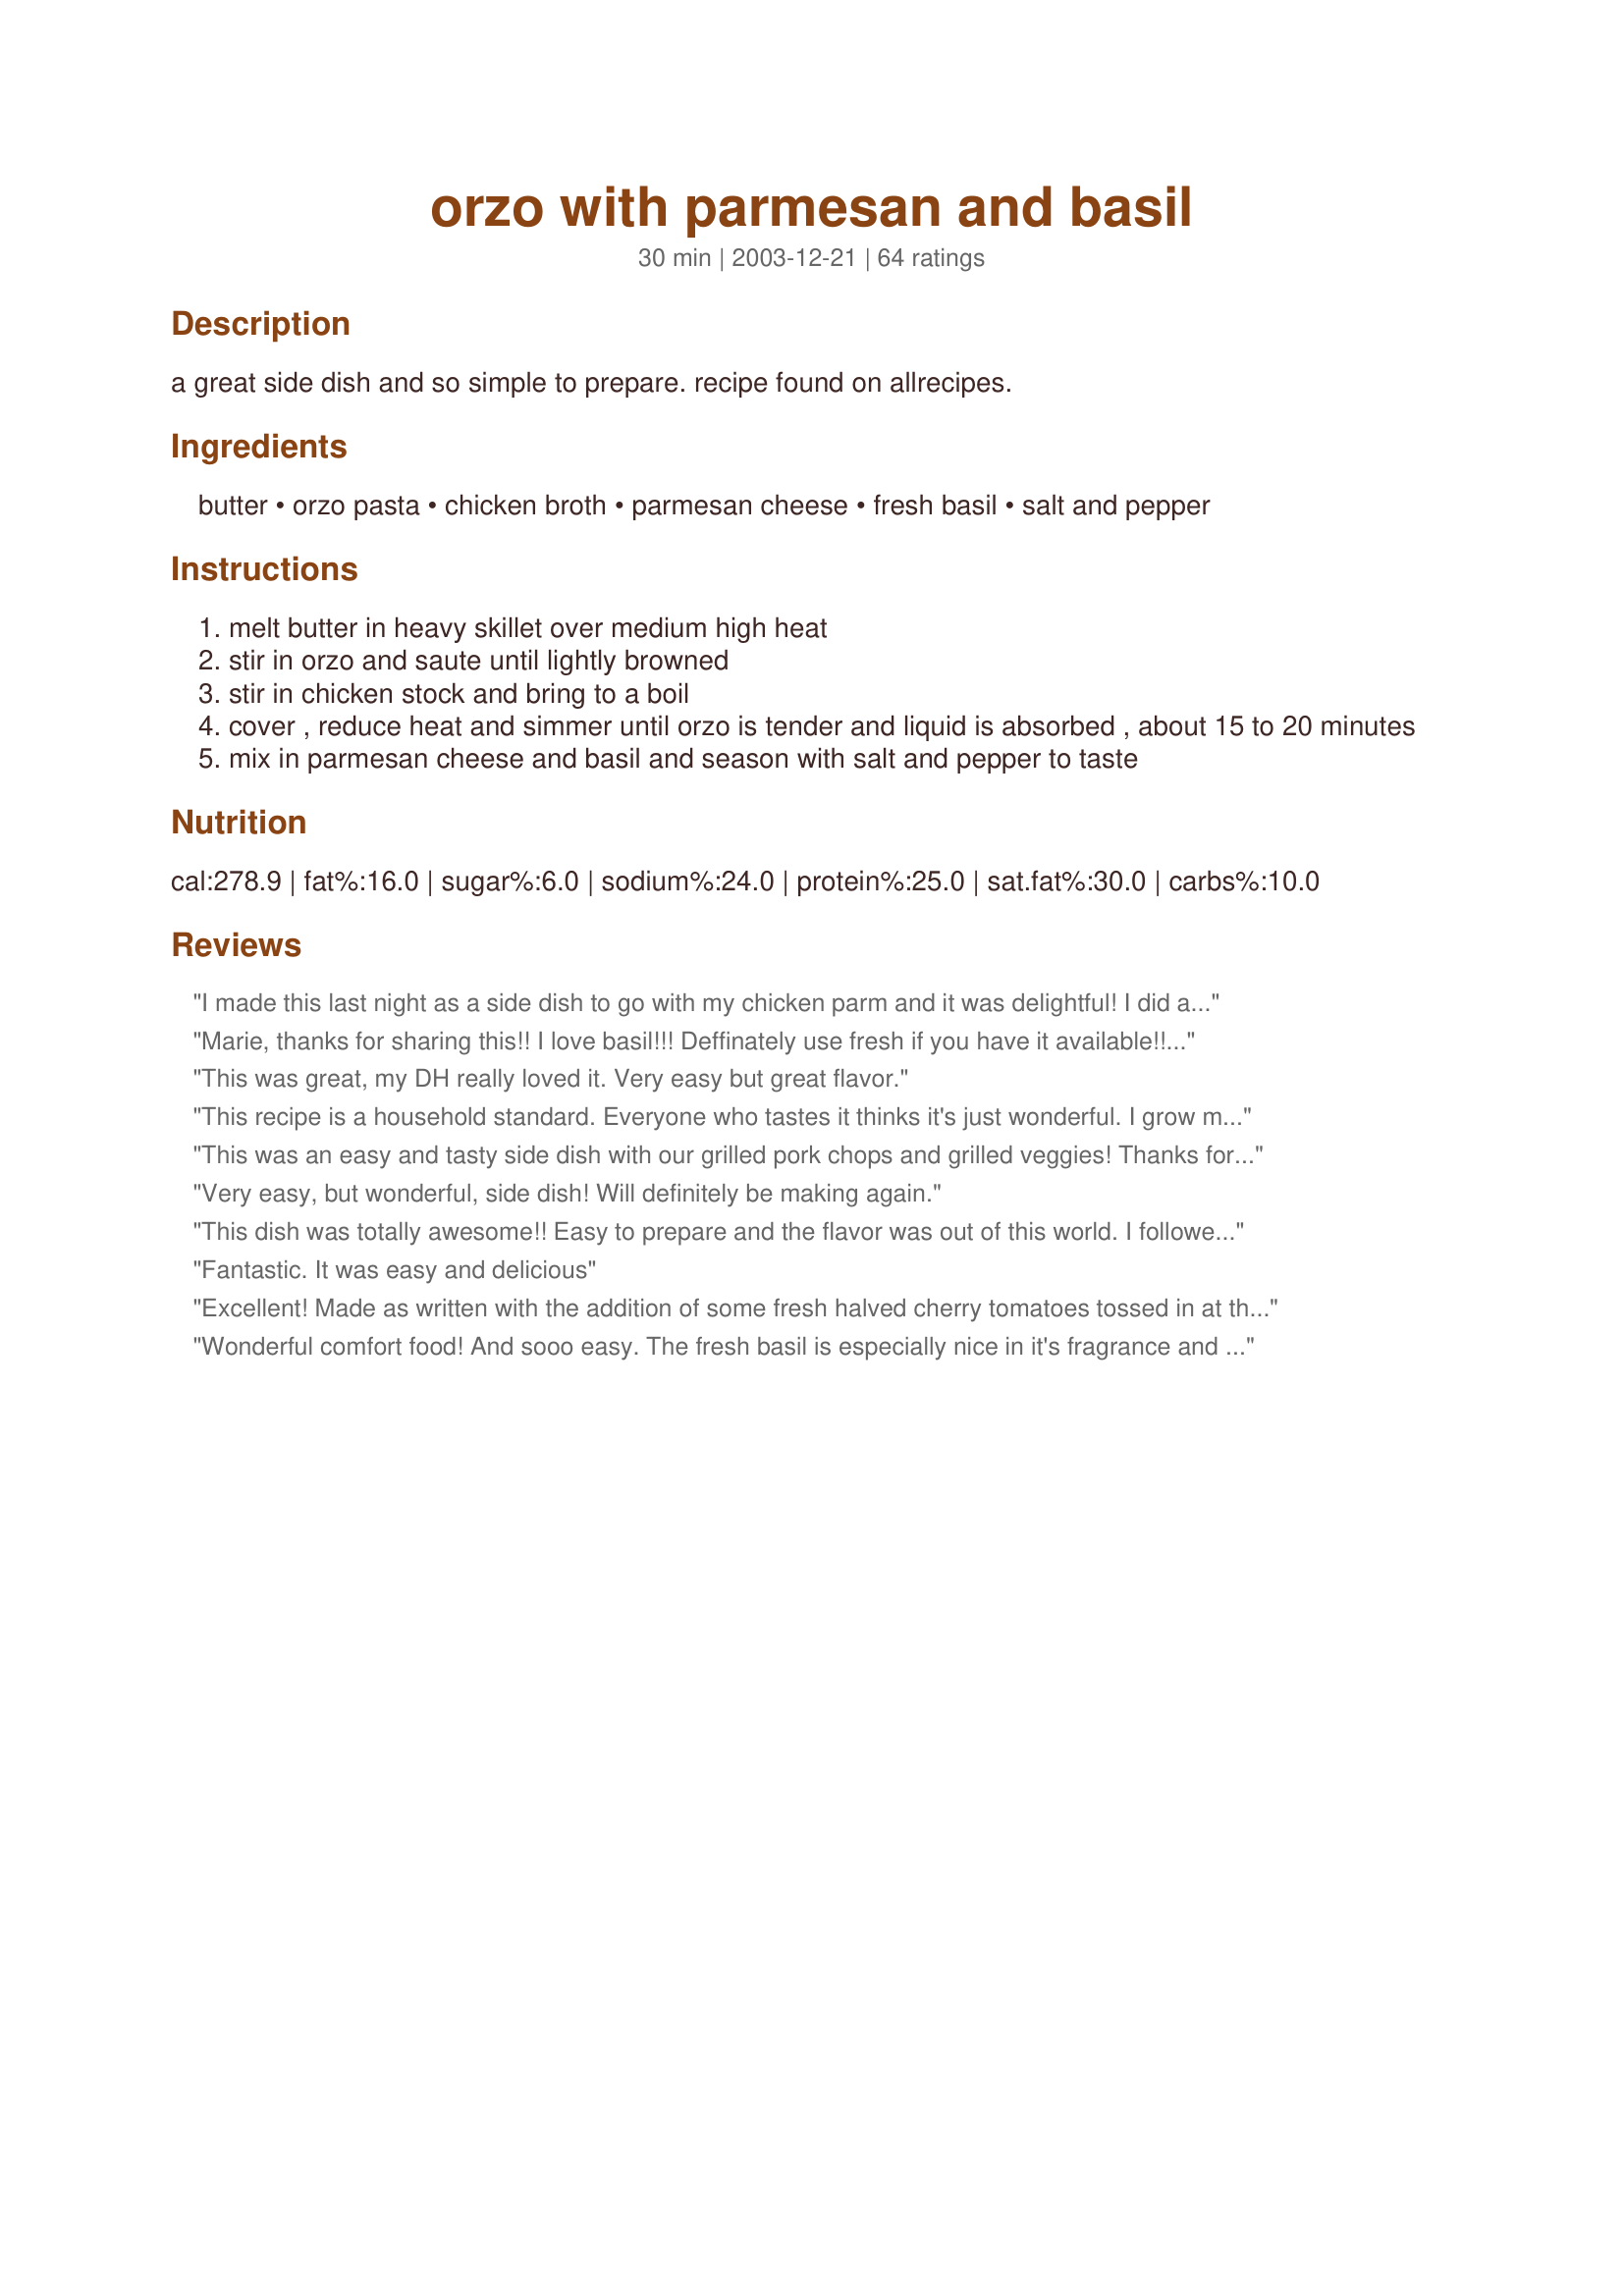
orzo with parmesan and basil
Preparation time: 30 minutes

a great side dish and so simple to prepare. recipe found on allrecipes.

Ingredients:
butter, orzo pasta, chicken broth, parmesan cheese, fresh basil, salt and pepper

Steps:
melt butter in heavy skillet over medium high heat
stir in orzo and saute until lightly browned
stir in chicken stock and bring to a boil
cover , reduce heat and simmer until orzo is tender and liquid is absorbed , about 15 to 20 minutes
mix in parmesan cheese and basil and season with salt and pepper to taste

Reviews:
I made this last night as a side dish to go with my chicken parm and it was delightful! I did add 1 clove of garlic and 3 Tbls of onion to the butter and sauted them for about 5 minutes before adding the orzo. I think that added tons of flavor! 
Thank you for sharing this recipe!
Marie, thanks for sharing this!! I love basil!!! Deffinately use fresh if you have it available!!! If you come across this recipe, save or print it out AND DON"T hesitate!!
This was great, my DH really loved it. Very easy but great flavor.
This recipe is a household standard. Everyone who tastes it thinks it's just wonderful. I grow my own basil JUST so I can make this often.
This was an easy and tasty side dish with our grilled pork chops and grilled veggies! Thanks for posting!
Very easy, but wonderful, side dish! Will definitely be making again.
This dish was totally awesome!! Easy to prepare and the flavor was out of this world. I followed to the &quot;T&quot; and doubled the recipe. Served with Southern Fried Salmon Patties #137575. Everyone loved it! Thank you for sharing this. Will definitely make again.
Fantastic. It was easy and delicious
Excellent! Made as written with the addition of some fresh halved cherry tomatoes tossed in at the end - thank you for posting!
Wonderful comfort food! And sooo easy. The fresh basil is especially nice in it's fragrance and flavor, and makes the dish very attractive.
Made this to go with our dinnr tonight and it was great. Followed the directions exactly and so glad I did as it was perfect. Frying the orzo in butter prior to cooking was a great method. I'll be using this often. What made it even better was using fresh basil from my little herb garden.
As I often have fresh living basil in a vase in my kitchen (natural deodorizer), this recipe has been made often. I loved it the first time and we have had it several times since. It is so creamy, smooth and delicious. I serve it with salmon or a chicken dish usually.
My family really enjoyed this side a lot. The fresh basil in it was just awesome. I think next time I will leave out the cheese though - just personal preference because I don't like melted cheese, but everything was very tasty. Thanks for sharing! :)
Wow did we LOVE this one! I'm on a kick of being sick of the same old rice and pasta side dishes for my meals and stumbled across this one. DELICIOUS! I doubled the entire recipe and worried about the liquid being too much...but it was perfect! This was the richest, creamiest, most delicious pasta side dish. All 4 of us loved it...including my 2 picky toddlers (ages 2 and 4). The leftovers today were equally as good and this one will definitely be on a weekly rotation for a side dish in our house. GREAT recipe! I made this with Kittencal's Cheddar Garlic Chicken Breasts and spinach. Great combo!
August 6, 2012 - Delicious and easy - will make again.&lt;br/&gt;&lt;br/&gt;Updated: Made a few times and continues to be a winner. Even made it without the cheese (was out) and although it tasted different it was still yummy.
My family loved this! The kids even fought over who was gonna eat what was left. Personally I thought the basil flavor was overpowering, but I substituted dried basil for the fresh, so that might of had something to do with it.
i used vegetarian beef broth since that's all i had and added a bit of onion and garlic. to keep it from burning on my very hot stove, i simmered on low (med on a normal stove) for 12 min and then turned the heat off and left it on the warm element for another ten. i was finding this a touch bitter, probably from the cheese i used, so a added a bit of lemon juice which worked well. this was quite tasty. will make again. thanks!
I liked this quite a lot....but I think I've come to the conclusion that I'm not awfully keen on Orzo. So 3 stars is not really a reflection on your recipe Marie.
A quick way to add some extra carbs to a meal. Thanks for sharing.
YUM!! Made exactly as stated, except I used romano cheese instead of parmesan because I had extra on hand. Will be making this one again!!
Wonderful! Creamy n rich...like a risotto without the rice. Simple n easy to put together but oh so tasty.
thanks for sharing!!
This dish had a great flavor, although the next time I make it I will probably have to reduce the amount of chicken stock, since the orzo was overcooked by the time the stock was absorbed. 
Also, it was slightly gooey from the cheese (using freshly grated parmesan rather than canned); the recipe did not specify which cheese to use. I'm not complaining about that; cheesey goo is fine with me.
Great comfort food for a cold night!
Sooo good! Make exactly to recipe but added chopped cherry tomatoes and marinated artichoke at the end. Added to regular rotation over here! Mmmmmmm
I love this side dish. It's easy, elegant, and tastes like something from a restaurant. Best of all, even my picky 5yo eats it up!
Very good and easy to do. Served with Chicken Piccata, salad and hot sourdough.
This is soooo delicious! I was so upset when I pulled out my fresh basil and found that it was frozen...in the fridge. So, I just used dried and it was still just wonderful. Next time I'll use fresh, as I am sure it will be even better. This is the first time I have made an orzo dish, but certainly not the last...might be having it again tonight! Thanks Marie. Oh, and I forgot to mention that I made this to go with Recipe #50979 and it was a fabulous combination!
YUM! My parmesan (big wedge from Costco) is pretty salty so I didn't need any additional salt. Added garlic because I had some extra already chopped. Making it again tonight for a party to serve as side with Tri Tip. Thanks!
I really like basil and this really hits the spot. Everyone in the family loves it. My DD's boyfriend was eating at our house tonight and he asked me to make it again so he could eat the whole thing by himself. I'll definitely make this often. It's so easy.
Thank you for posting my new favorite side dish! This was DELISH! DH and I both loved it. I did as another posted and added about 3 Tbsp diced onion and about 1 clove minced garlic before adding the pasta. I also only used 1 Tbsp butter (just trying to cut back where I can). Used fresh basil from the garden. Love the texture of this and the parm makes it extra extra creamy! This is definitely a keeper for us. Thanks for posting!
This was delicious! I also used low-sodium chicken broth like the other reviewer. Easy to make, and it smelled great while it was cooking. Thanks for posting.
Absolutely delicious! I used Knorr chicken cubes instead for this recipe. It turned out to be a little salty. Next time I'll use half of the cube. This was an outstanding way to cook orzo as a side dish. Thank you very much for sharing!
This was so good and so easy! Wonderful side dish.
Delicious!! I'm not a big pasta eater but my husband is, so I tried it. I ate as much as he did! I didn't have fresh basil so I used dried and cooked it with the orzo; otherwise I made the receipe exactly as indicated. It was so good we commented that it was like something you'd be served in a fine restaurant. I will definitely make this for dinner parties - easy and delicious. Thanks for a great recipe.
Great recipe that's very easy to make. I've made it twice so far (even used low-sodium chicken broth the first time), and it was too salty both times. Next time, I'll leave out the salt to taste, and maybe put in an extra half cup of orzo.
Perfect side dish! Creamy and flavorful, and very easy. Not much I can add to 50 reviews. Made for Best of 2012 game.
Quick, easy, delicious served it with a store bought rotisserie chicken and was out of the kitchen in no time!
Great side dish, we just love orzo and this was an easy fast recipe...
Delicious!I made this as a side dish last night - used low sodium broth but left the recipe intact. We all really enjoyed it,(should have made extra)and I'm sure we'll have it again - especially since we all like orzo.Thanks!
Easy and Delish!!!!!!!
Easy to make and quite tasty. Used a bit of extra parmesan to top at the table. Orzo is a great side!
Made as suggested, no changes made, simply a PERFECT side to recipe#158041
Marie, I'll be making this often! Easy to make and so tasty. I've already passed the recipe on to 5 friends who have tried it and come back with raving reviews. Thanks!
Excellent!! Fantastic side dish with chicken. Family gobbled it up in no time.
Very easy and tasty side dish. I've made this several times and it always comes out well. Dried basil will work if you don't have fresh - just mix it in when you add the chicken stock.
Made this dish &amp; it was wonderful. I did add a glove of garlic &amp; green onion when I saut&eacute;ed orzo in the butter.Really good dish!
BEST rice recipe EVER!!!!!! We loved this recipe. It was so easy to make and so creamy. I didn't have any fresh basil so I just threw some dried into the dish before I covered it to let it simmer. I cooked it for the 20 minutes and then it sit for 5 minutes off the burner. Thank you Marie for sharing such a wonderful recipe :)
Love orzo pasta - this is real easy to put together and quite enjoyable! I'll make this again as I always seem to have these ingredients on hand - thanks!
Delicious, didn't change a thing! I used frozen basil and it was great!
Oh my this is so good. Its such a simple recipe but the fresh basil really makes this dish. I will continue to make this through the summer. Thank you for sharing,.
Very nice side dish - mild flavor and went well with our tangy lemon chicken. It would be good with any bold flavored main dish and it uses staple items at this house so I'm sure I will make it again.
This was really a great sidedish. I didn't have quite enough fresh basil so I added some fresh chives too. This will be a make again recipe for sure. Thanks Marie!
Loved this recipe. Measurements are right on as is cook time. I used homemade turkey stock and fresh basil from that garden. Served with teriyaki shish-ke-bobs and garlic butter.
This was good and it made a beautiful presentation. I used lemon basil and purple basil from my garden. I'd make it again for a simple side.
Love,love this recipe.While searching for basil(my favorite herb)I found this recipe.So happy I did,because this recipe will be repeated often in my kitchen.Another plus is my dh loved it as much as me,yay! Thanks much for sharing, Marie.:0)
Fantastic! I expected this dish to be bland due to the relatively few ingredients. However, it was an excellent dish. This would be wonderful to eat in the summer, as a light and fresh pasta. I used fresh basil and omitted the salt. The parmesan is salty enough. Will definitely make again.
This recipe has become a staple in my house. It is easy, elegant and everyone from ages 8 to 80 likes it. Great with chicken recipes.
This is a great, easy side dish. I've tried it with parsley as well as the basil and they are both good.
Delicious! I didn&#039;t have fresh basil and had to sub dried and it was still really good! I always forget how much I like orzo. Thanks for a good recipe!
This was good. Simple and easy. Not sure if I cooked it too long, but the finished product seemed dried out. I'll work on that next time.
Very nice, very simple. Prepared recipe as is, and was very happy with the results. I don&#039;t see the need for any onion, as the parmesan adds salt and the basil adds sweetness. Your mileage may vary...
I actually found this recipe in an old Quick Cooking magazine. I used acini di pepe instead of orzo, and it was yummy!
This is yummy. I used veggie broth instead. Easy and quick to make and tasty. Great side dish. Thanks for posting.
Quick and delicious. Thank you, this will be prepared frequently around here!
